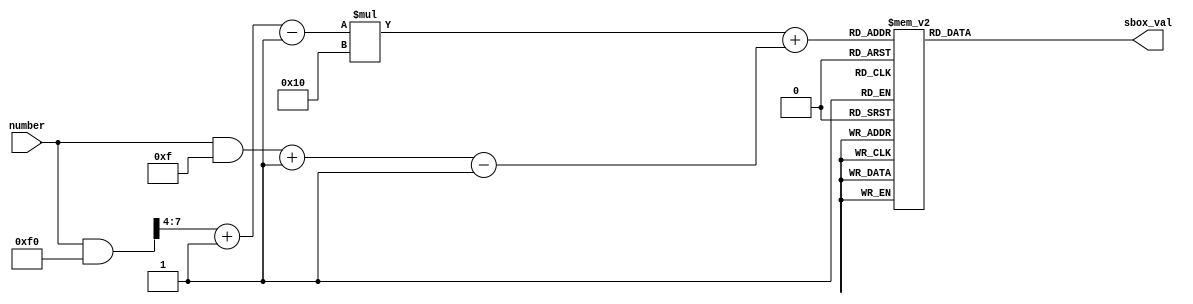
// -------------------------------------------------------------
// 
// 
// Generated by MATLAB 9.9 and HDL Coder 3.17
// 
// -------------------------------------------------------------


// -------------------------------------------------------------
// 
// Module: getSBoxValue
// Source Path: test3/getSBoxValue
// Hierarchy Level: 1
// 
// -------------------------------------------------------------

`timescale 1 ns / 1 ns

//SubByte

module getSBoxValue
          (number,
           sbox_val);


  input   [7:0] number;  // uint8
  output  [7:0] sbox_val;  // uint8


  reg [7:0] sbox_val_1;  // uint8
  reg [7:0] low_sel;  // uint8
  reg [7:0] high_sel;  // uint8
  reg [7:0] temp;  // ufix8
  reg [7:0] c;  // ufix8
  reg [7:0] sbox [0:15] [0:15];  // uint8 [16x16]
  reg [7:0] add_cast;  // uint8
  reg signed [31:0] and_temp;  // int32
  reg signed [31:0] t_0;  // int32
  reg signed [31:0] t_1;  // int32
  reg signed [31:0] t_2;  // int32


  always @(number) begin
    sbox[0][32'sd0] = 8'd99;
    sbox[1][32'sd0] = 8'd202;
    sbox[2][32'sd0] = 8'd183;
    sbox[3][32'sd0] = 8'd4;
    sbox[4][32'sd0] = 8'd9;
    sbox[5][32'sd0] = 8'd83;
    sbox[6][32'sd0] = 8'd208;
    sbox[7][32'sd0] = 8'd81;
    sbox[8][32'sd0] = 8'd205;
    sbox[9][32'sd0] = 8'd96;
    sbox[10][32'sd0] = 8'd224;
    sbox[11][32'sd0] = 8'd231;
    sbox[12][32'sd0] = 8'd186;
    sbox[13][32'sd0] = 8'd112;
    sbox[14][32'sd0] = 8'd225;
    sbox[15][32'sd0] = 8'd140;
    sbox[0][32'sd1] = 8'd124;
    sbox[1][32'sd1] = 8'd130;
    sbox[2][32'sd1] = 8'd253;
    sbox[3][32'sd1] = 8'd199;
    sbox[4][32'sd1] = 8'd131;
    sbox[5][32'sd1] = 8'd209;
    sbox[6][32'sd1] = 8'd239;
    sbox[7][32'sd1] = 8'd163;
    sbox[8][32'sd1] = 8'd12;
    sbox[9][32'sd1] = 8'd129;
    sbox[10][32'sd1] = 8'd50;
    sbox[11][32'sd1] = 8'd200;
    sbox[12][32'sd1] = 8'd120;
    sbox[13][32'sd1] = 8'd62;
    sbox[14][32'sd1] = 8'd248;
    sbox[15][32'sd1] = 8'd161;
    sbox[0][32'sd2] = 8'd119;
    sbox[1][32'sd2] = 8'd201;
    sbox[2][32'sd2] = 8'd147;
    sbox[3][32'sd2] = 8'd35;
    sbox[4][32'sd2] = 8'd44;
    sbox[5][32'sd2] = 8'd0;
    sbox[6][32'sd2] = 8'd170;
    sbox[7][32'sd2] = 8'd64;
    sbox[8][32'sd2] = 8'd19;
    sbox[9][32'sd2] = 8'd79;
    sbox[10][32'sd2] = 8'd58;
    sbox[11][32'sd2] = 8'd55;
    sbox[12][32'sd2] = 8'd37;
    sbox[13][32'sd2] = 8'd181;
    sbox[14][32'sd2] = 8'd152;
    sbox[15][32'sd2] = 8'd137;
    sbox[0][32'sd3] = 8'd123;
    sbox[1][32'sd3] = 8'd125;
    sbox[2][32'sd3] = 8'd38;
    sbox[3][32'sd3] = 8'd195;
    sbox[4][32'sd3] = 8'd26;
    sbox[5][32'sd3] = 8'd237;
    sbox[6][32'sd3] = 8'd251;
    sbox[7][32'sd3] = 8'd143;
    sbox[8][32'sd3] = 8'd236;
    sbox[9][32'sd3] = 8'd220;
    sbox[10][32'sd3] = 8'd10;
    sbox[11][32'sd3] = 8'd109;
    sbox[12][32'sd3] = 8'd46;
    sbox[13][32'sd3] = 8'd102;
    sbox[14][32'sd3] = 8'd17;
    sbox[15][32'sd3] = 8'd13;
    sbox[0][32'sd4] = 8'd242;
    sbox[1][32'sd4] = 8'd250;
    sbox[2][32'sd4] = 8'd54;
    sbox[3][32'sd4] = 8'd24;
    sbox[4][32'sd4] = 8'd27;
    sbox[5][32'sd4] = 8'd32;
    sbox[6][32'sd4] = 8'd67;
    sbox[7][32'sd4] = 8'd146;
    sbox[8][32'sd4] = 8'd95;
    sbox[9][32'sd4] = 8'd34;
    sbox[10][32'sd4] = 8'd73;
    sbox[11][32'sd4] = 8'd141;
    sbox[12][32'sd4] = 8'd28;
    sbox[13][32'sd4] = 8'd72;
    sbox[14][32'sd4] = 8'd105;
    sbox[15][32'sd4] = 8'd191;
    sbox[0][32'sd5] = 8'd107;
    sbox[1][32'sd5] = 8'd89;
    sbox[2][32'sd5] = 8'd63;
    sbox[3][32'sd5] = 8'd150;
    sbox[4][32'sd5] = 8'd110;
    sbox[5][32'sd5] = 8'd252;
    sbox[6][32'sd5] = 8'd77;
    sbox[7][32'sd5] = 8'd157;
    sbox[8][32'sd5] = 8'd151;
    sbox[9][32'sd5] = 8'd42;
    sbox[10][32'sd5] = 8'd6;
    sbox[11][32'sd5] = 8'd213;
    sbox[12][32'sd5] = 8'd166;
    sbox[13][32'sd5] = 8'd3;
    sbox[14][32'sd5] = 8'd217;
    sbox[15][32'sd5] = 8'd230;
    sbox[0][32'sd6] = 8'd111;
    sbox[1][32'sd6] = 8'd71;
    sbox[2][32'sd6] = 8'd247;
    sbox[3][32'sd6] = 8'd5;
    sbox[4][32'sd6] = 8'd90;
    sbox[5][32'sd6] = 8'd177;
    sbox[6][32'sd6] = 8'd51;
    sbox[7][32'sd6] = 8'd56;
    sbox[8][32'sd6] = 8'd68;
    sbox[9][32'sd6] = 8'd144;
    sbox[10][32'sd6] = 8'd36;
    sbox[11][32'sd6] = 8'd78;
    sbox[12][32'sd6] = 8'd180;
    sbox[13][32'sd6] = 8'd246;
    sbox[14][32'sd6] = 8'd142;
    sbox[15][32'sd6] = 8'd66;
    sbox[0][32'sd7] = 8'd197;
    sbox[1][32'sd7] = 8'd240;
    sbox[2][32'sd7] = 8'd204;
    sbox[3][32'sd7] = 8'd154;
    sbox[4][32'sd7] = 8'd160;
    sbox[5][32'sd7] = 8'd91;
    sbox[6][32'sd7] = 8'd133;
    sbox[7][32'sd7] = 8'd245;
    sbox[8][32'sd7] = 8'd23;
    sbox[9][32'sd7] = 8'd136;
    sbox[10][32'sd7] = 8'd92;
    sbox[11][32'sd7] = 8'd169;
    sbox[12][32'sd7] = 8'd198;
    sbox[13][32'sd7] = 8'd14;
    sbox[14][32'sd7] = 8'd148;
    sbox[15][32'sd7] = 8'd104;
    sbox[0][32'sd8] = 8'd48;
    sbox[1][32'sd8] = 8'd173;
    sbox[2][32'sd8] = 8'd52;
    sbox[3][32'sd8] = 8'd7;
    sbox[4][32'sd8] = 8'd82;
    sbox[5][32'sd8] = 8'd106;
    sbox[6][32'sd8] = 8'd69;
    sbox[7][32'sd8] = 8'd188;
    sbox[8][32'sd8] = 8'd196;
    sbox[9][32'sd8] = 8'd70;
    sbox[10][32'sd8] = 8'd194;
    sbox[11][32'sd8] = 8'd108;
    sbox[12][32'sd8] = 8'd232;
    sbox[13][32'sd8] = 8'd97;
    sbox[14][32'sd8] = 8'd155;
    sbox[15][32'sd8] = 8'd65;
    sbox[0][32'sd9] = 8'd1;
    sbox[1][32'sd9] = 8'd212;
    sbox[2][32'sd9] = 8'd165;
    sbox[3][32'sd9] = 8'd18;
    sbox[4][32'sd9] = 8'd59;
    sbox[5][32'sd9] = 8'd203;
    sbox[6][32'sd9] = 8'd249;
    sbox[7][32'sd9] = 8'd182;
    sbox[8][32'sd9] = 8'd167;
    sbox[9][32'sd9] = 8'd238;
    sbox[10][32'sd9] = 8'd211;
    sbox[11][32'sd9] = 8'd86;
    sbox[12][32'sd9] = 8'd221;
    sbox[13][32'sd9] = 8'd53;
    sbox[14][32'sd9] = 8'd30;
    sbox[15][32'sd9] = 8'd153;
    sbox[0][32'sd10] = 8'd103;
    sbox[1][32'sd10] = 8'd162;
    sbox[2][32'sd10] = 8'd229;
    sbox[3][32'sd10] = 8'd128;
    sbox[4][32'sd10] = 8'd214;
    sbox[5][32'sd10] = 8'd190;
    sbox[6][32'sd10] = 8'd2;
    sbox[7][32'sd10] = 8'd218;
    sbox[8][32'sd10] = 8'd126;
    sbox[9][32'sd10] = 8'd184;
    sbox[10][32'sd10] = 8'd172;
    sbox[11][32'sd10] = 8'd244;
    sbox[12][32'sd10] = 8'd116;
    sbox[13][32'sd10] = 8'd87;
    sbox[14][32'sd10] = 8'd135;
    sbox[15][32'sd10] = 8'd45;
    sbox[0][32'sd11] = 8'd43;
    sbox[1][32'sd11] = 8'd175;
    sbox[2][32'sd11] = 8'd241;
    sbox[3][32'sd11] = 8'd226;
    sbox[4][32'sd11] = 8'd179;
    sbox[5][32'sd11] = 8'd57;
    sbox[6][32'sd11] = 8'd127;
    sbox[7][32'sd11] = 8'd33;
    sbox[8][32'sd11] = 8'd61;
    sbox[9][32'sd11] = 8'd20;
    sbox[10][32'sd11] = 8'd98;
    sbox[11][32'sd11] = 8'd234;
    sbox[12][32'sd11] = 8'd31;
    sbox[13][32'sd11] = 8'd185;
    sbox[14][32'sd11] = 8'd233;
    sbox[15][32'sd11] = 8'd15;
    sbox[0][32'sd12] = 8'd254;
    sbox[1][32'sd12] = 8'd156;
    sbox[2][32'sd12] = 8'd113;
    sbox[3][32'sd12] = 8'd235;
    sbox[4][32'sd12] = 8'd41;
    sbox[5][32'sd12] = 8'd74;
    sbox[6][32'sd12] = 8'd80;
    sbox[7][32'sd12] = 8'd16;
    sbox[8][32'sd12] = 8'd100;
    sbox[9][32'sd12] = 8'd222;
    sbox[10][32'sd12] = 8'd145;
    sbox[11][32'sd12] = 8'd101;
    sbox[12][32'sd12] = 8'd75;
    sbox[13][32'sd12] = 8'd134;
    sbox[14][32'sd12] = 8'd206;
    sbox[15][32'sd12] = 8'd176;
    sbox[0][32'sd13] = 8'd215;
    sbox[1][32'sd13] = 8'd164;
    sbox[2][32'sd13] = 8'd216;
    sbox[3][32'sd13] = 8'd39;
    sbox[4][32'sd13] = 8'd227;
    sbox[5][32'sd13] = 8'd76;
    sbox[6][32'sd13] = 8'd60;
    sbox[7][32'sd13] = 8'd255;
    sbox[8][32'sd13] = 8'd93;
    sbox[9][32'sd13] = 8'd94;
    sbox[10][32'sd13] = 8'd149;
    sbox[11][32'sd13] = 8'd122;
    sbox[12][32'sd13] = 8'd189;
    sbox[13][32'sd13] = 8'd193;
    sbox[14][32'sd13] = 8'd85;
    sbox[15][32'sd13] = 8'd84;
    sbox[0][32'sd14] = 8'd171;
    sbox[1][32'sd14] = 8'd114;
    sbox[2][32'sd14] = 8'd49;
    sbox[3][32'sd14] = 8'd178;
    sbox[4][32'sd14] = 8'd47;
    sbox[5][32'sd14] = 8'd88;
    sbox[6][32'sd14] = 8'd159;
    sbox[7][32'sd14] = 8'd243;
    sbox[8][32'sd14] = 8'd25;
    sbox[9][32'sd14] = 8'd11;
    sbox[10][32'sd14] = 8'd228;
    sbox[11][32'sd14] = 8'd174;
    sbox[12][32'sd14] = 8'd139;
    sbox[13][32'sd14] = 8'd29;
    sbox[14][32'sd14] = 8'd40;
    sbox[15][32'sd14] = 8'd187;
    sbox[0][32'sd15] = 8'd118;
    sbox[1][32'sd15] = 8'd192;
    sbox[2][32'sd15] = 8'd21;
    sbox[3][32'sd15] = 8'd117;
    sbox[4][32'sd15] = 8'd132;
    sbox[5][32'sd15] = 8'd207;
    sbox[6][32'sd15] = 8'd168;
    sbox[7][32'sd15] = 8'd210;
    sbox[8][32'sd15] = 8'd115;
    sbox[9][32'sd15] = 8'd219;
    sbox[10][32'sd15] = 8'd121;
    sbox[11][32'sd15] = 8'd8;
    sbox[12][32'sd15] = 8'd138;
    sbox[13][32'sd15] = 8'd158;
    sbox[14][32'sd15] = 8'd223;
    sbox[15][32'sd15] = 8'd22;
    //ascii numbering
    t_0 = {24'b0, number};
    t_1 = t_0 & 32'sd15;
    add_cast = t_1[7:0];
    low_sel = add_cast + 8'd1;
    t_2 = {24'b0, number};
    and_temp = t_2 & 32'sd240;
    temp = and_temp[7:0];
    c = temp >> 8'd4;
    high_sel = c + 8'b00000001;
    sbox_val_1 = sbox[$signed({1'b0, high_sel}) - 32'sd1][$signed({1'b0, low_sel}) - 32'sd1];
  end



  assign sbox_val = sbox_val_1;

endmodule  // getSBoxValue